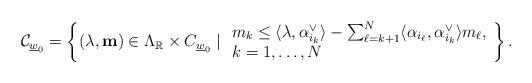
LaTeX: \begin{align*}{\cal C}_{\underline{w}_0}=\left\{(\lambda,\mathbf m)\in \Lambda_{\mathbb R}\times {C}_{\underline{w}_0}\mid\begin{array}{l}m_k \le \langle\lambda,\alpha_{i_k}^\vee\rangle -\sum_{\ell=k+1}^N\langle \alpha_{i_\ell},\alpha_{i_k}^\vee \rangle m_\ell,\\ k=1,\ldots,N\end{array}\right\}.\end{align*}